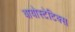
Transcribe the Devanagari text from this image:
बायोस्टेटिक्स